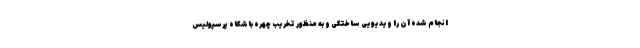
انجام شده آن را ویدیویی ساختگی و به منظور تخریب چهره باشگاه پرسپولیس